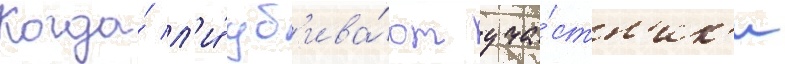
Когда́ л'и́ уб'ива́ют уча́стн'ик'и